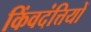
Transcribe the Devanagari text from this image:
किंवदंत्तियों